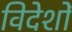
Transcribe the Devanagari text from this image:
विदेशोँ